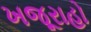
ખજૂરાહો